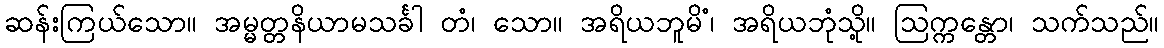
ဆန်းကြယ်သော။ အမ္မတ္တနိယာမသင်္ခါ တံ၊ သော။ အရိယဘူမိံ၊ အရိယဘုံသို့။ ဩက္ကန္တော၊ သက်သည်။